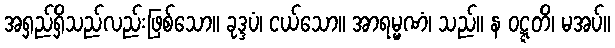
အရှည်ရှိသည်လည်းဖြစ်သော။ ခုဒ္ဒပံ၊ ငယ်သော။ အာရမ္မဏံ၊ သည်။ န ဝဋ္ဋတိ၊ မအပ်။